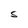
Character: S